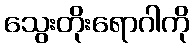
သွေးတိုးရောဂါကို